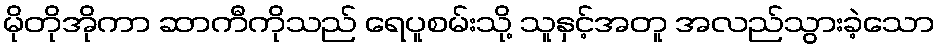
မိုတိုအိုကာ ဆာကီကိုသည် ရေပူစမ်းသို့ သူနှင့်အတူ အလည်သွားခဲ့သော